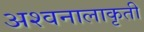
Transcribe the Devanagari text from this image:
अश्वनालाकृती